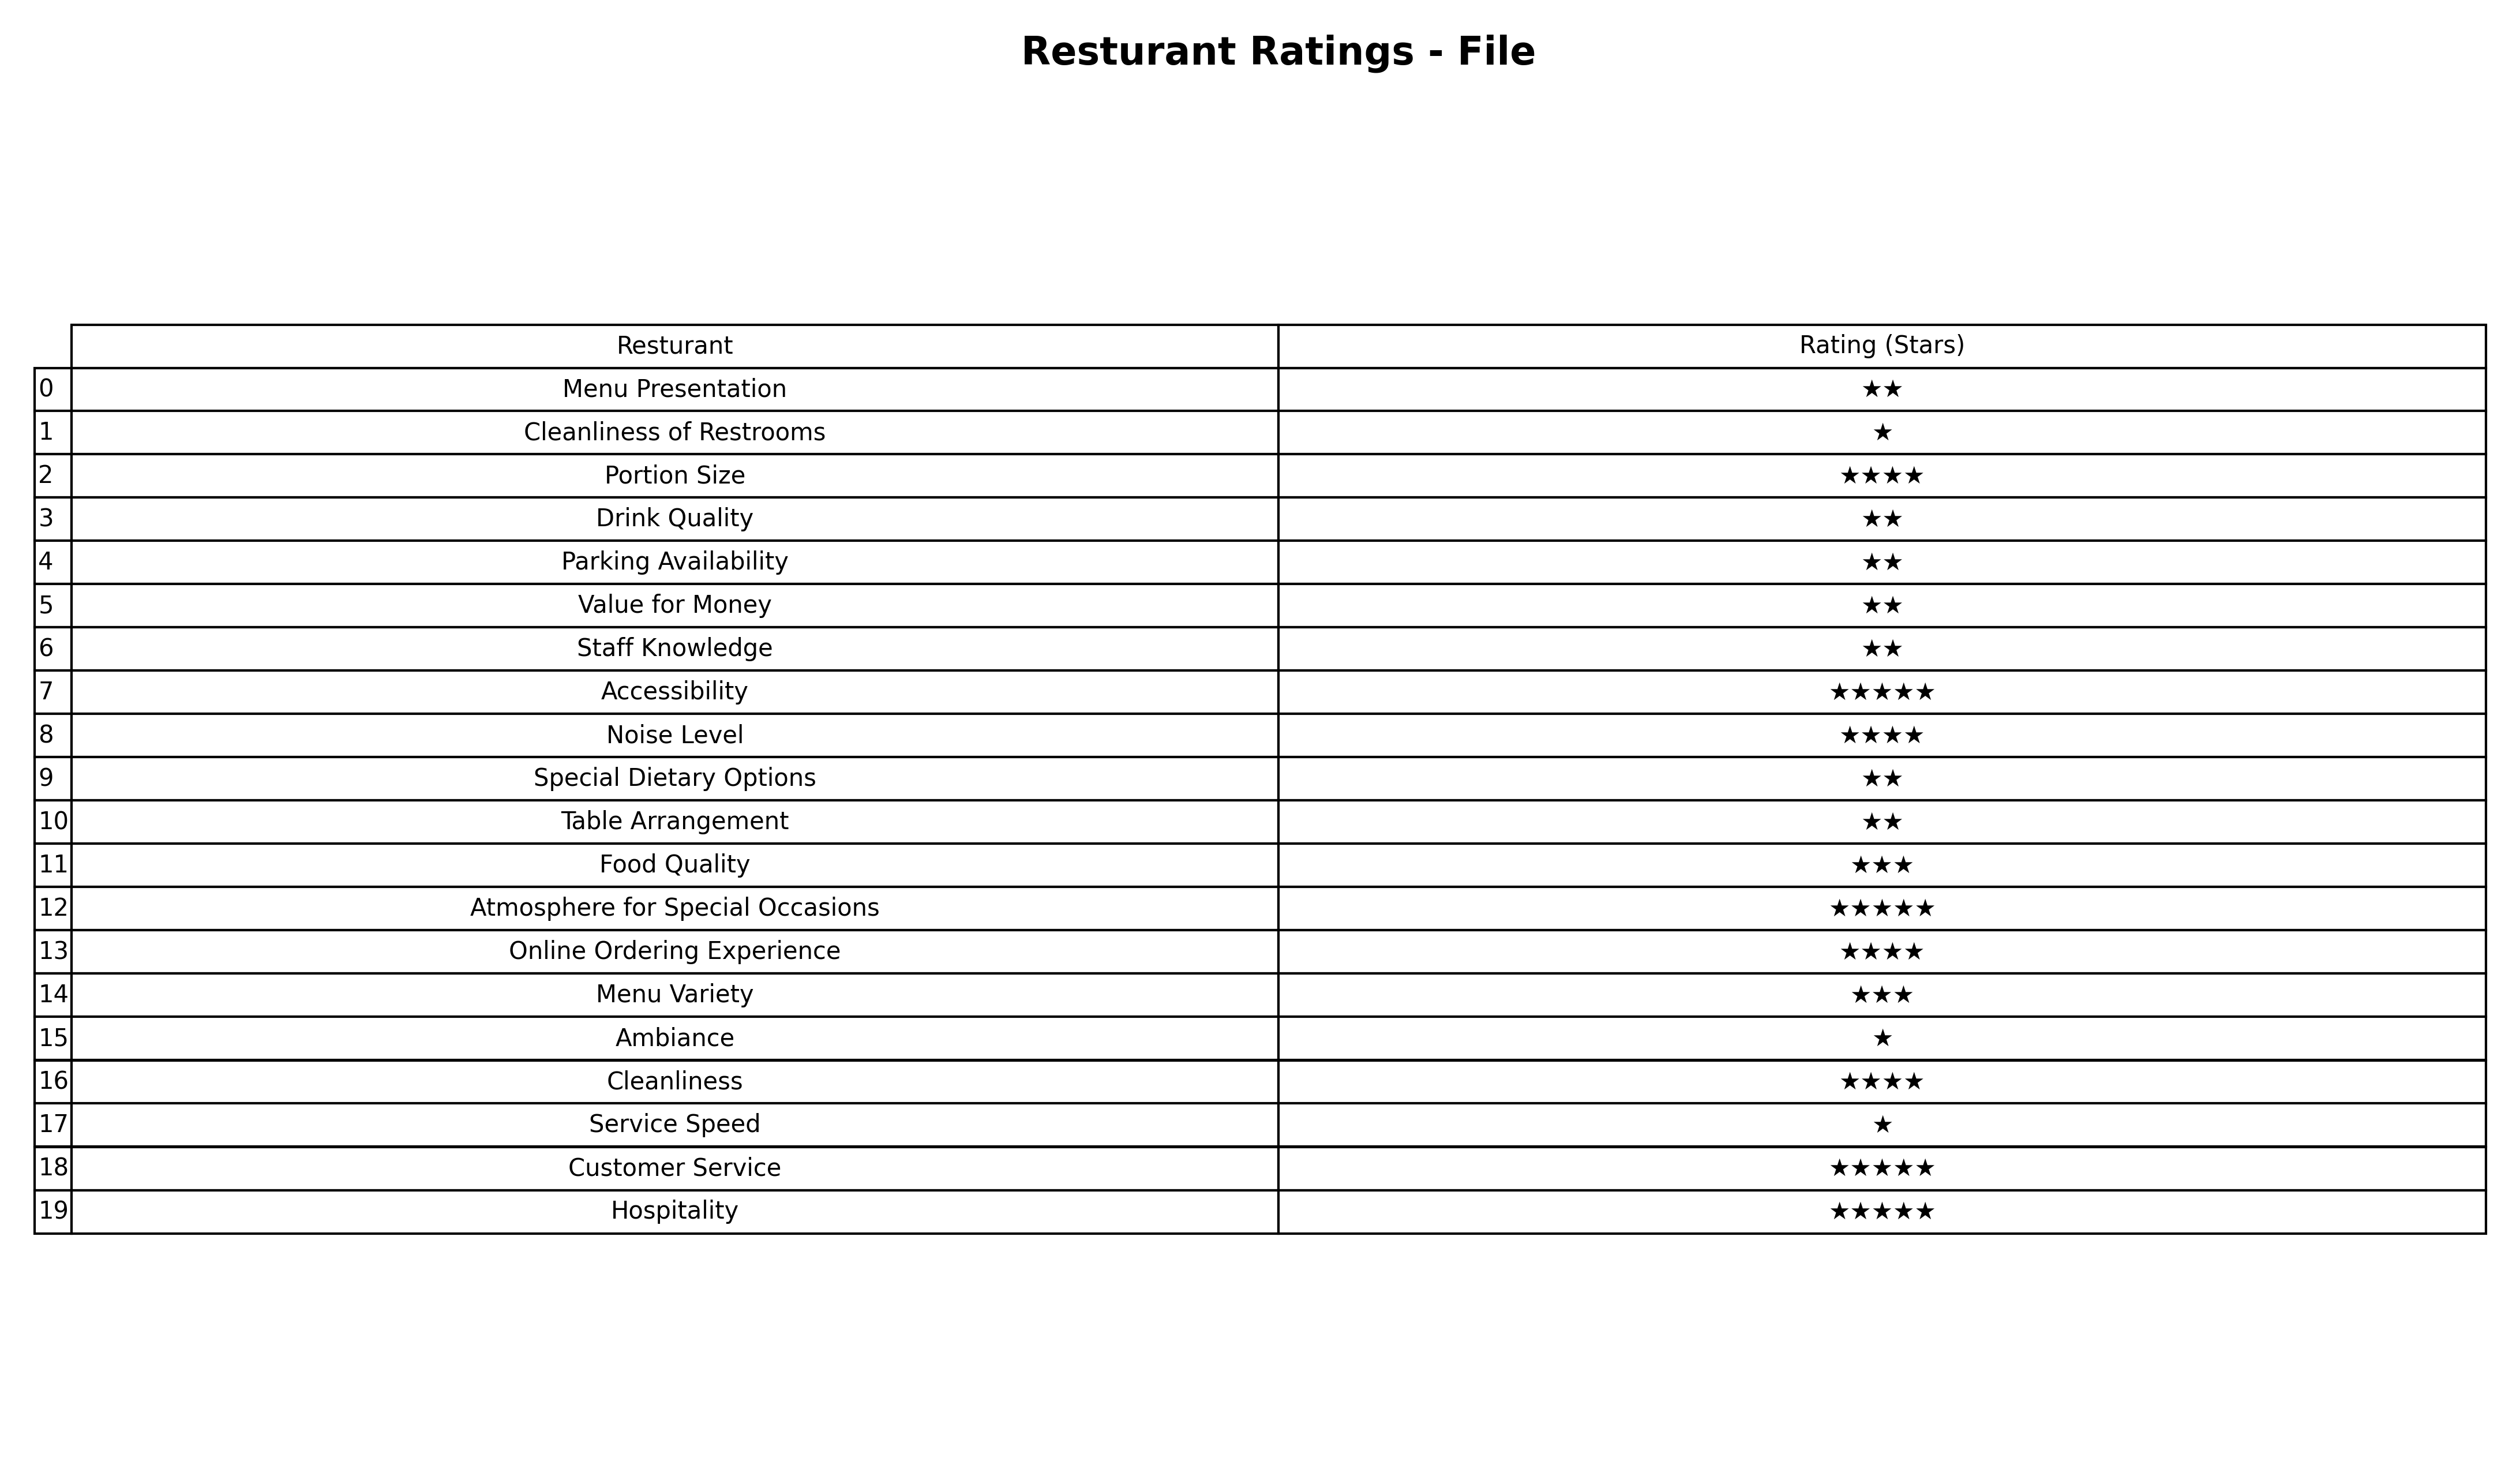
question: What is the rating of Online Ordering Experience?
answer: ★★★★